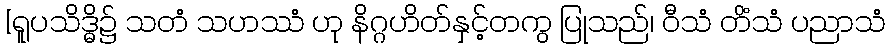
[ရူပသိဒ္ဓိ၌ သတံ သဟဿံ ဟု နိဂ္ဂဟိတ်နှင့်တကွ ပြုသည်၊ ဝီသံ တိံသံ ပညာသံ